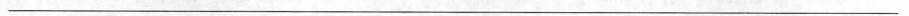
___